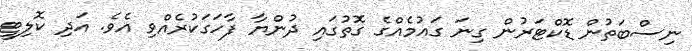
ނިސްބަތުން ޑޮކްޓަރުން ގިނަ ގައުމެއްގެ ގޮތުގައި ދުންޔާ ފާހަގަކުރެއްވި އެވެ. އަދި ކޮލިޓީ